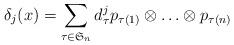
LaTeX: \begin{align*} \delta_j(x)=\sum_{\tau \in \mathfrak{S}_n} d^j_{\tau} p_{\tau(1)} \otimes \ldots \otimes p_{\tau(n)}\end{align*}